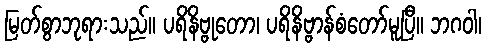
မြတ်စွာဘုရားသည်။ ပရိနိဗ္ဗုတော၊ ပရိနိဗ္ဗာန်စံတော်မူပြီ။ ဘဂဝါ၊